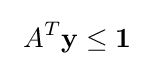
~A^{T}\mathbf {y} \leq \mathbf {1} ~